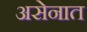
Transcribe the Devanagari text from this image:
असेनात